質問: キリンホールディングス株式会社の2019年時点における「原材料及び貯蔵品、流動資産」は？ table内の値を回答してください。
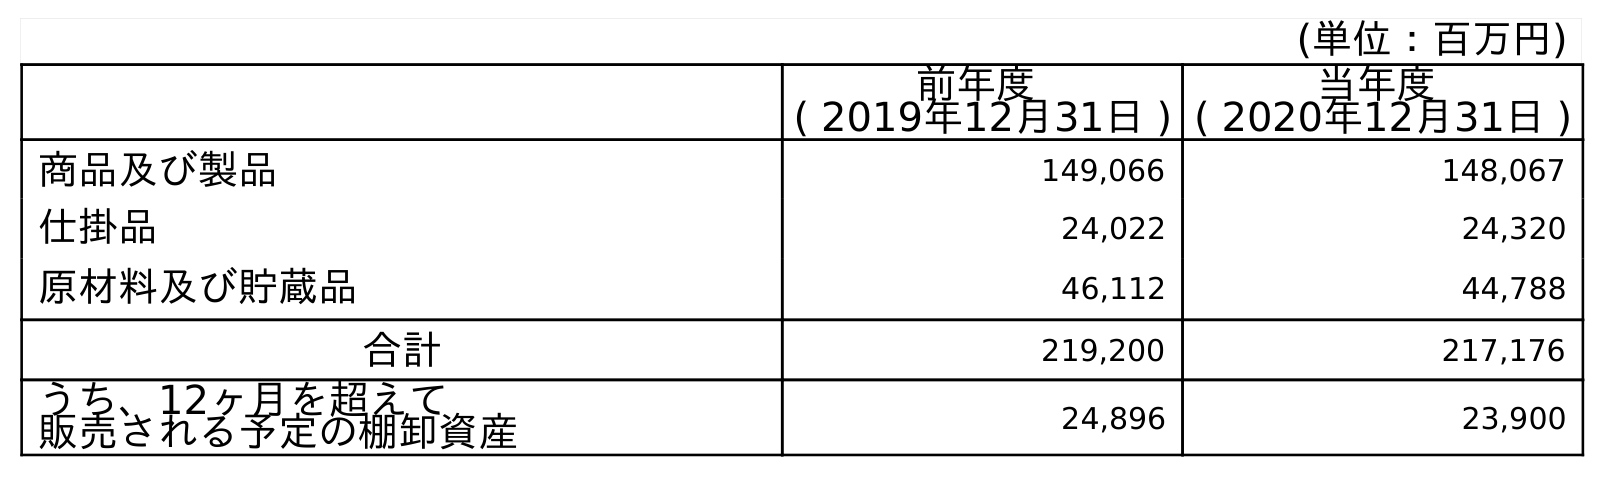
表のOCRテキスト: (単位：百万円) 前年度 ( 2019年12月31日 ) 当年度 ( 2020年12月31日 ) 商品及び製品 149,066 148,067 仕掛品 24,022 24,320 原材料及び貯蔵品 46,112 44,788 合計 219,200 217,176 うち、12ヶ月を超えて 販売される予定の棚卸資産 24,896 23,900
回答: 46,112